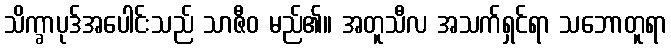
သိက္ခာပုဒ်အပေါင်းသည် သာဇီဝ မည်၏။ အတူသီလ အသက်ရှင်ရာ သဘောတူရာ